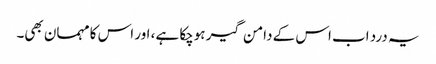
یہ درد اب اس کے دامن گیر ہوچکا ہے، اور اس کا مہمان بھی۔